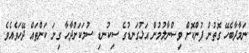
ނަމާދާބެހޭ ގޮތުން ފުންކޮށް ވިސްނާލުމުން އަޅުގަނޑުގެ ސިކުނޑި ސުމަކަށްދާހާ ގިނަ ކަންތައް ދޭހަވެއެވެ.